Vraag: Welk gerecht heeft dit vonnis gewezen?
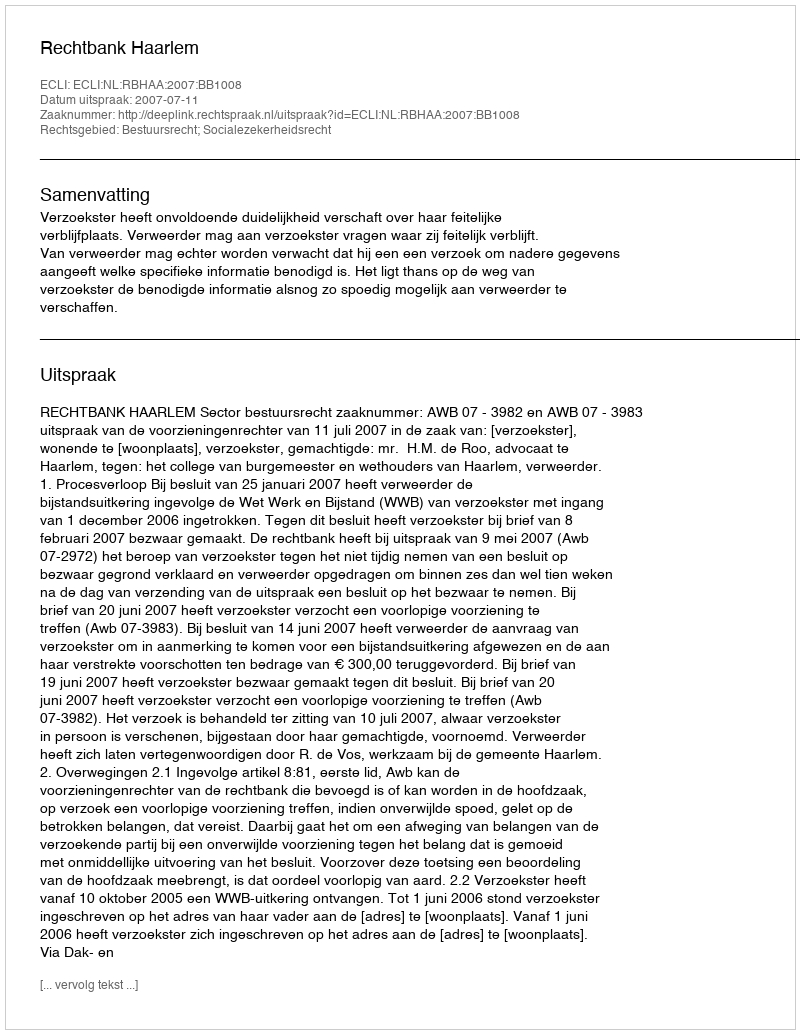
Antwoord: Rechtbank Haarlem